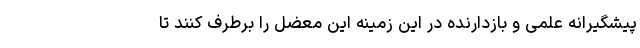
پیشگیرانه علمی و بازدارنده‌ در این زمینه این معضل را برطرف کنند تا